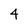
Character: 4